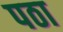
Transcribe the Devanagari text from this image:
पठा